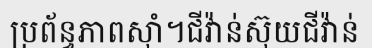
ប្រព័ន្ធភាពស៊ាំ។ជីវ៉ាន់ស៊ុយជីវ៉ាន់